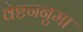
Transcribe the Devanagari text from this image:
वेष्टननुमा